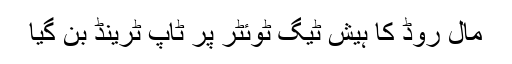
مال روڈ کا ہیش ٹیگ ٹوئٹر پر ٹاپ ٹرینڈ بن گیا